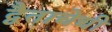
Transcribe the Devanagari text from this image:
द्वैताचेची